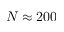
N \approx 2 0 0